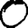
Digit: 0